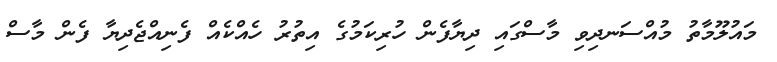
މައުލޫމާތު މުއްސަނދިވި މާސްގައި ދިޔާފެން ހުރިކަމުގެ އިތުރު ހެއްކެއް ފެނިއްޖެދިޔާ ފެން މާސް